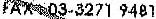
FAX : 03-3271 9481